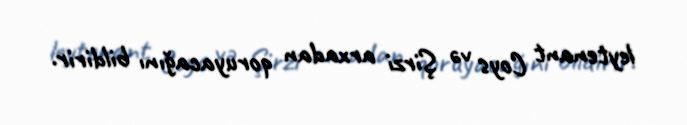
leytenant Coys və Şirzi arxadan qoruyacağını bildirir.